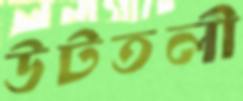
উটতলী